Sexual cycle of Leucocytozoon canis in the tick - Number 28
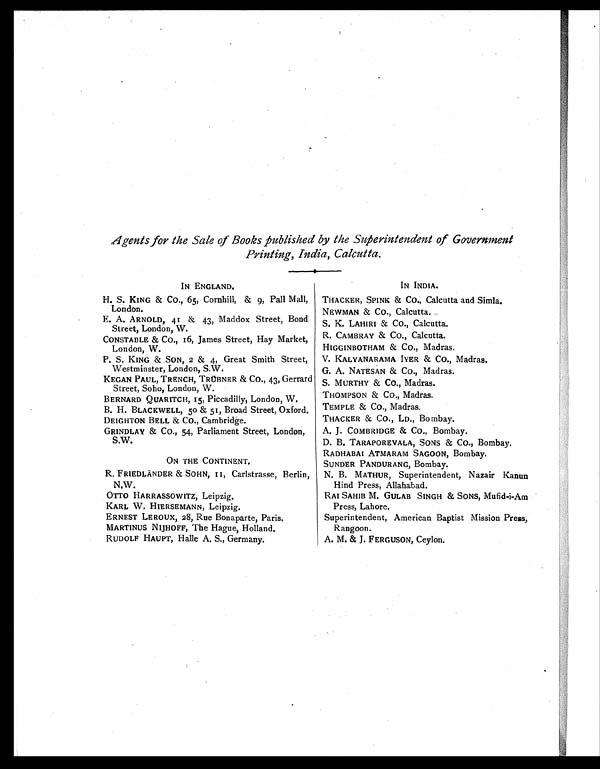
Printing, India, Calcutta.
IN ENGLAND.
H. S. KING & Co., 65, Cornhill, & 9, Pall Mall,
London.
E. A. ARNOLD, 41 & 43, Maddox Street, Bond
Street, London, W.
CONSTABLE & CO., 16, James Street, Hay Market,
London, W.
P. S. KING & SON, 2 & 4, Great Smith Street,
Westminster, London, S.W.
MEGAN PAUL, TRENCH, TRüBNER & CO., 43, Gerrard
Street, Soho, London, W.
BERNARD QUARITCH, 15, Piccadilly, London, W.
B. H. BLACKWELL, 5o & 51, Broad Street, Oxford.
DEIGHTON BELL & CO., Cambridge.
GRINDLAY & Co., 54, Parliament Street, London,
S.W.
ON THE CONTINENT.
R. FRIEDLÄNDER & SOHN, 11, Carlstrasse, Berlin,
N.W.
OTTO HARRASSOWITZ, Leipzig.
KARL W. HIERSEMANN, Leipzig.
ERNEST LEROUX, 28, Rue Bonaparte, Paris.
MARTINUS NIJHOFF, The Hague, Holland.
RUDOLF HAUPT, Halle A. S., Germany.
IN INDIA.
THACKER, SPINK & CO., Calcutta and Simla.
NEWMAN & Co., Calcutta.
S. K. LAHIRI & CO., Calcutta.
R. CAMBRAY & Co., Calcutta.
HIGGINBOTHAM & CO., Madras.
V. KALYANARAMA IYER & Co., Madras.
G. A. NATESAN & CO., Madras.
S. MURTHY & Co., Madras.
THOMPSON & Co., Madras.
TEMPLE & CO., Madras.
THACKER & Co., LD., Bombay.
A. J. COMBRIDGE & CO., Bombay.
D. B. TARAPOREVALA, SONS & Co., Bombay.
RADHABAI ATMARAM SAGOON, Bombay.
SUNDER PANDURANG, Bombay.
N. B. MATHUR, Superintendent, Nazair Kanun
Hind Press, Allahabad.
RAI SAHIB M. GULAB SINGH & SONS, Mufid-i-Am
Press, Lahore.
Superintendent, American Baptist Mission Press,
Rangoon.
A. M. & J. FERGUSON, Ceylon.